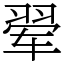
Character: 翚